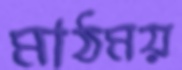
মাঠময়